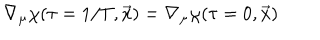
\nabla _ { \mu } \chi ( \tau = 1 / T , \vec { x } ) = \nabla _ { \mu } \chi ( \tau = 0 , \vec { x } )